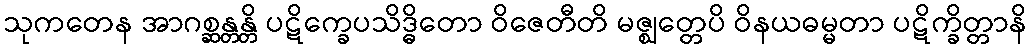
သုကတေန အာဂစ္ဆန္တန္တိ ပဋိက္ခေပသိဒ္ဓိတော ဝိဇေတီတိ မဇ္ဈတ္တေပိ ဝိနယဓမ္မတာ ပဋိက္ခိတ္တာနိ